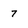
Character: 7